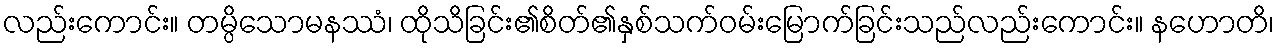
လည်းကောင်း။ တမ္ပိသောမနဿံ၊ ထိုသိခြင်း၏စိတ်၏နှစ်သက်ဝမ်းမြောက်ခြင်းသည်လည်းကောင်း။ နဟောတိ၊